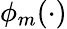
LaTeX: \phi_{m}(\cdot)